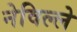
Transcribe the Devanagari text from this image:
नेविल्ले